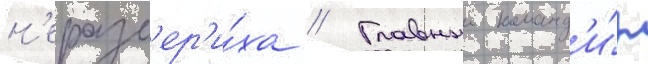
н'еразб'ер'и́ха // Главныи команд'и́р